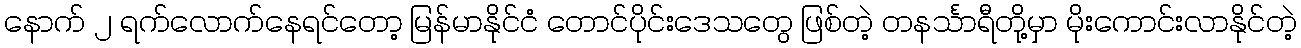
နောက် ၂ ရက်လောက်နေရင်တော့ မြန်မာနိုင်ငံ တောင်ပိုင်းဒေသတွေ ဖြစ်တဲ့ တနင်္သာရီတို့မှာ မိုးကောင်းလာနိုင်တဲ့